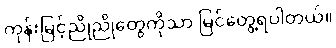
ကုန်းမြင့်ညိုညိုတွေကိုသာ မြင်တွေ့ရပါတယ်။